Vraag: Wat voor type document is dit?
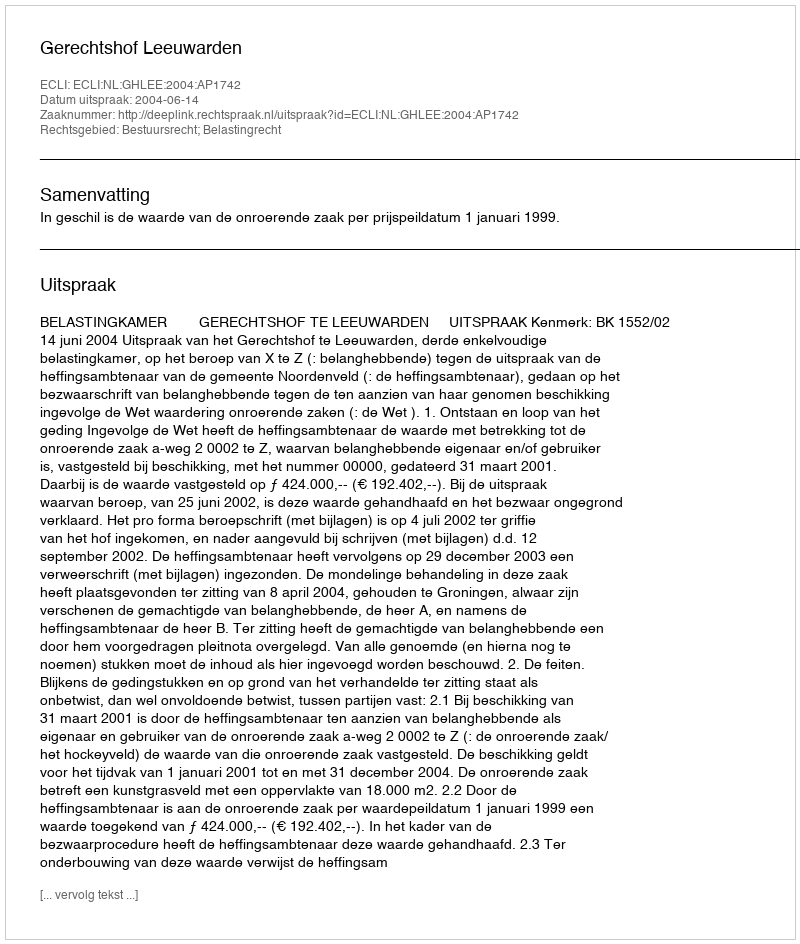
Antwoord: Uitspraak